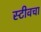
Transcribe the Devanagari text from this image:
स्टीवचा